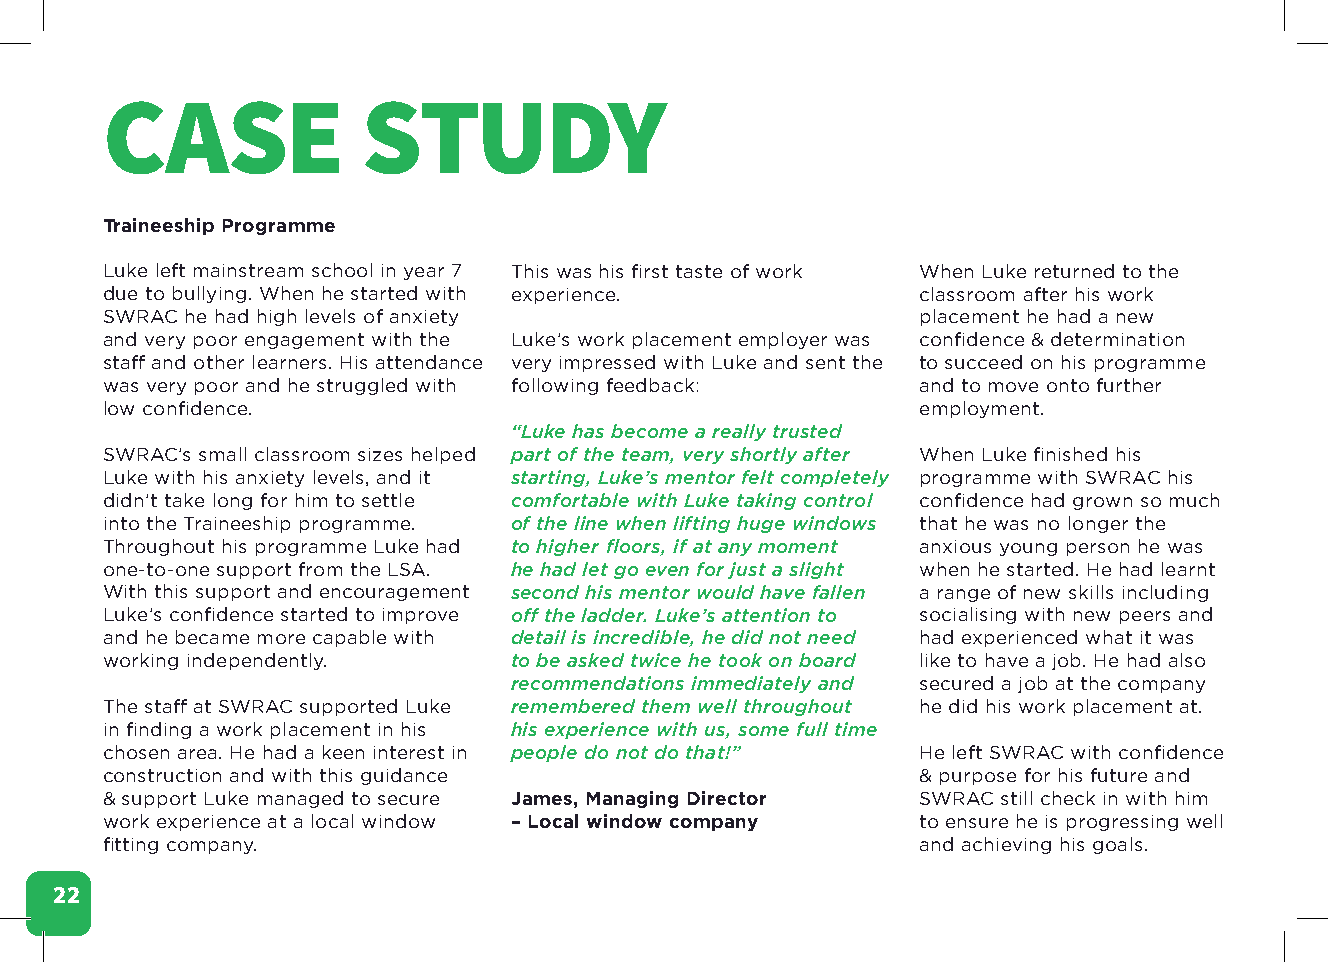
CASE             STUDY
 Traineeship Programme
 Luke left mainstream school in year 7 This was his first taste of work When Luke returned to the
 due to bullying. When he started with experience.     classroom after his work
 SWRAC he had high levels of anxiety                   placement he had a new
 and very poor engagement with the Luke’s work placement employer was confidence & determination
 staff and other learners. His attendance very impressed with Luke and sent the to succeed on his programme
 was very poor and he struggled with following feedback: and to move onto further
 low confidence.                                       employment.
 “Luke has become a really trusted
 SWRAC’s small classroom sizes helped part of the team, very shortly after When Luke finished his
 Luke with his anxiety levels, and it starting, Luke’s mentor felt completely programme with SWRAC his
 didn’t take long for him to settle comfortable with Luke taking control confidence had grown so much
 into the Traineeship programme. of the line when lifting huge windows that he was no longer the
 Throughout his programme Luke had to higher floors, if at any moment anxious young person he was
 one-to-one support from the LSA. he had let go even for just a slight when he started. He had learnt
 With this support and encouragement second his mentor would have fallen a range of new skills including
 Luke’s confidence started to improve off the ladder. Luke’s attention to socialising with new peers and
 and he became more capable with detail is incredible, he did not need had experienced what it was
 working independently.     to be asked twice he took on board like to have a job. He had also
 recommendations immediately and secured a job at the company
 The staff at SWRAC supported Luke remembered them well throughout he did his work placement at.
 in finding a work placement in his his experience with us, some full time
 chosen area. He had a keen interest in people do not do that!” He left SWRAC with confidence
 construction and with this guidance                   & purpose for his future and
 & support Luke managed to secure James, Managing Director SWRAC still check in with him
 work experience at a local window – Local window company to ensure he is progressing well
 fitting company.                                      and achieving his goals.
 22